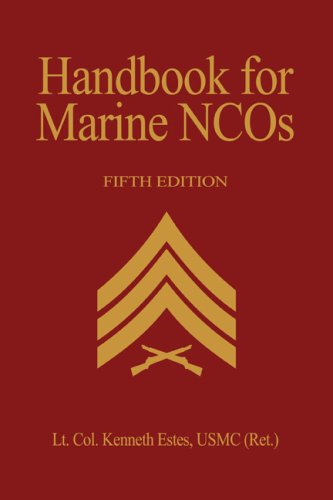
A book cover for Handbook for Marine NCO's, 5th Edition; Lt. Col. Kenneth W. Estes USMC (Ret.); Engineering & Transportation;